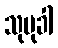
သုမုခါ